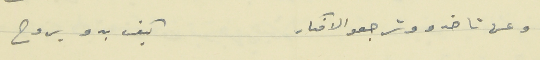
وعن تاخدو وترجعو الافكار                   كيف بدو يروح